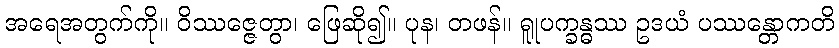
အရေအတွက်ကို။ ဝိဿဇ္ဇေတွာ၊ ဖြေဆို၍။ ပုန၊ တဖန်။ ရူုပက္ခန္ဓဿ ဥဒယံ ပဿန္တောကတိ